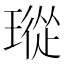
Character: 瑽